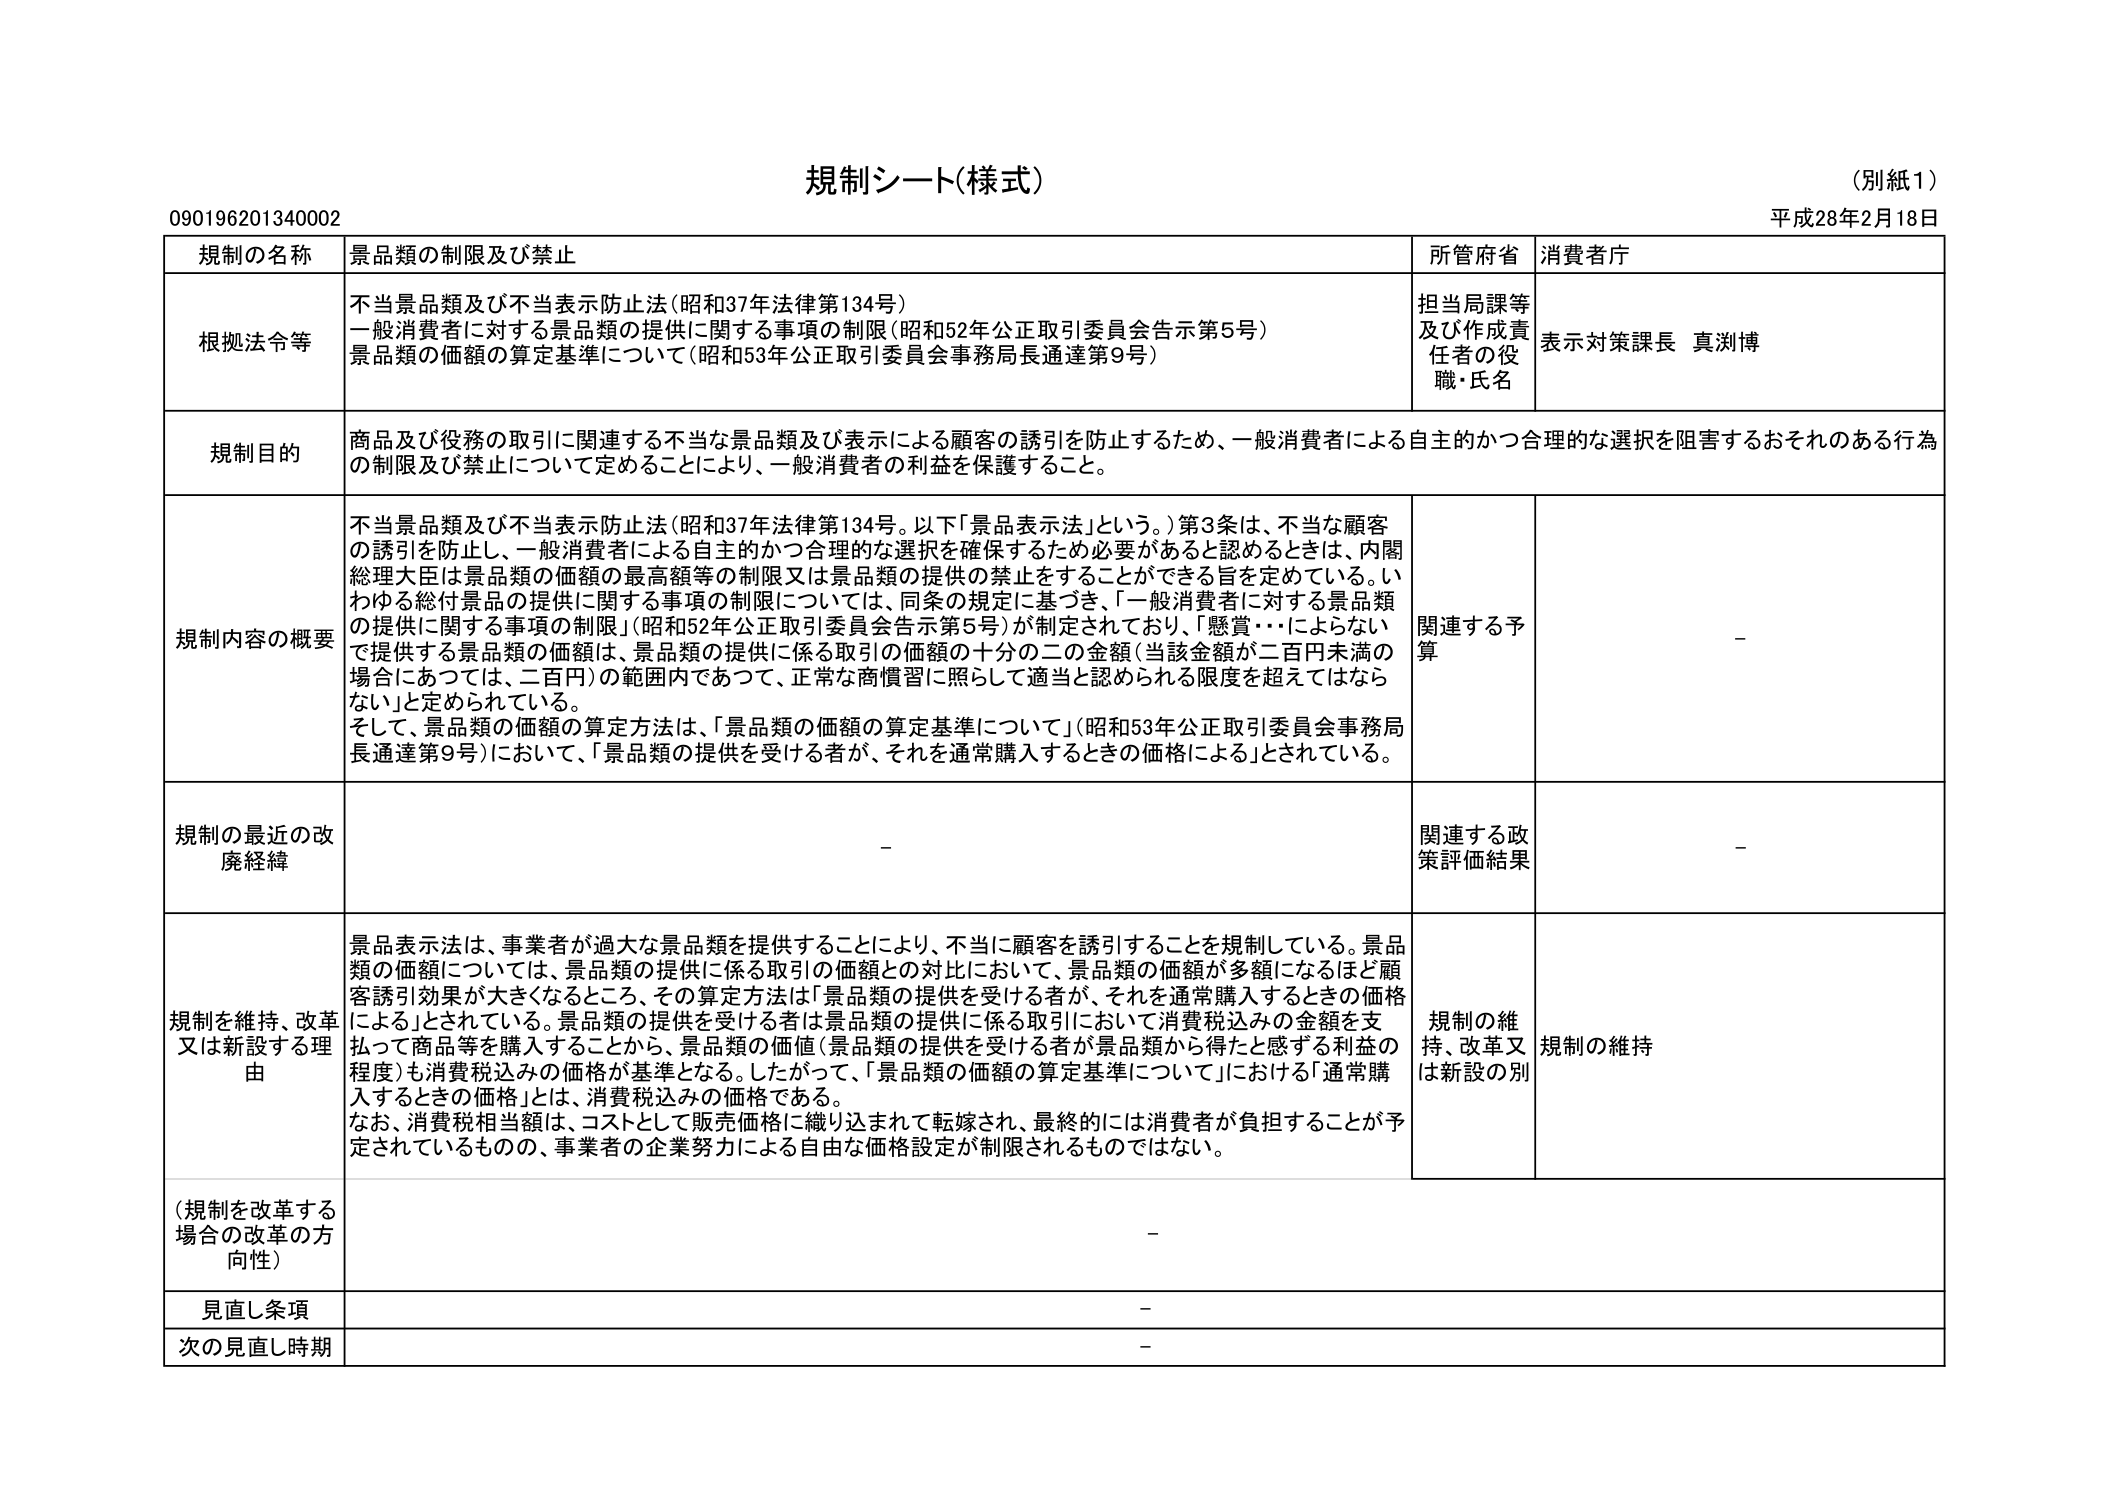
規制シート(様式)
(別紙1)
平成28年2月18日
090196201340002

規制の名称　景品類の制限及び禁止
所管府省　消費者庁

根拠法令等
不当景品類及び不当表示防止法(昭和37年法律第134号)
一般消費者に対する景品類の提供に関する事項の制限(昭和52年公正取引委員会告示第5号)
景品類の価額の算定基準について(昭和53年公正取引委員会事務局長通達第9号)

担当局課等及び作成責任者の役職・氏名　表示対策課長 真渕博

規制目的
商品及び役務の取引に関連する不当な景品類及び表示による顧客の誘引を防止するため、一般消費者による自主的かつ合理的な選択を阻害するおそれのある行為の制限及び禁止について定めることにより、一般消費者の利益を保護すること。

規制内容の概要
不当景品類及び不当表示防止法(昭和37年法律第134号。以下「景品表示法」という。)第3条は、不当な顧客の誘引を防止し、一般消費者による自主的かつ合理的な選択を確保するため必要があると認めるときは、内閣総理大臣は景品類の価額の最高額等の制限又は景品類の提供の禁止をすることができる旨を定めている。いわゆる総仕景品の提供に関する事項の制限については、同条の規定に基づき、「一般消費者に対する景品類の提供に関する事項の制限」(昭和52年公正取引委員会告示第5号)が制定されており、「懸賞・・・によらないで提供する景品類の価額は、景品類の提供に係る取引の価額の十分の二の金額(当該金額が二百円未満の場合にあつては、二百円)の範囲内であつて、正常な商慣習に照らして適当と認められる限度を超えてはならない」と定められている。
そして、景品類の価額の算定方法は、「景品類の価額の算定基準について」(昭和53年公正取引委員会事務局長通達第9号)において、「景品類の提供を受ける者が、それを通常購入するときの価格による」とされている。

関連する予算　-

規制の最近の改廃経緯　-
関連する政策評価結果　-

規制を維持、改革又は新設する理由
景品表示法は、事業者が過大な景品類を提供することにより、不当に顧客を誘引することを規制している。景品類の価額については、景品類の提供に係る取引の価額との対比において、景品類の価額が多額になるほど顧客誘引効果が大きくなるところ、その算定方法は「景品類の提供を受ける者が、それを通常購入するときの価格による」とされている。景品類の提供を受ける者は景品類の提供に係る取引において消費税込みの金額を支払って商品等を購入することから、景品類の価値(景品類の提供を受ける者が景品類から得たと感ずる利益の程度)も消費税込みの価格が基準となる。したがって、「景品類の価額の算定基準について」における「通常購入するときの価格」とは、消費税込みの価格である。
なお、消費税相当額は、コストとして販売価格に織り込まれて転嫁され、最終的には消費者が負担することが予定されているものの、事業者の企業努力による自由な価格設定が制限されるものではない。

規制の維持、改革又は新設の別　規制の維持

(規制を改革する場合の改革の方向性)　-

見直し条項　-

次の見直し時期　-